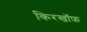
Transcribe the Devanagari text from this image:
किरखॉफ़